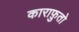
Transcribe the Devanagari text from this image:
काराफ़ुतो